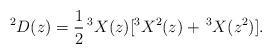
LaTeX: \begin{align*}^2D(z) = \frac12\, {}^3X(z)[^3X^2(z)+\,^3X(z^2)].\end{align*}